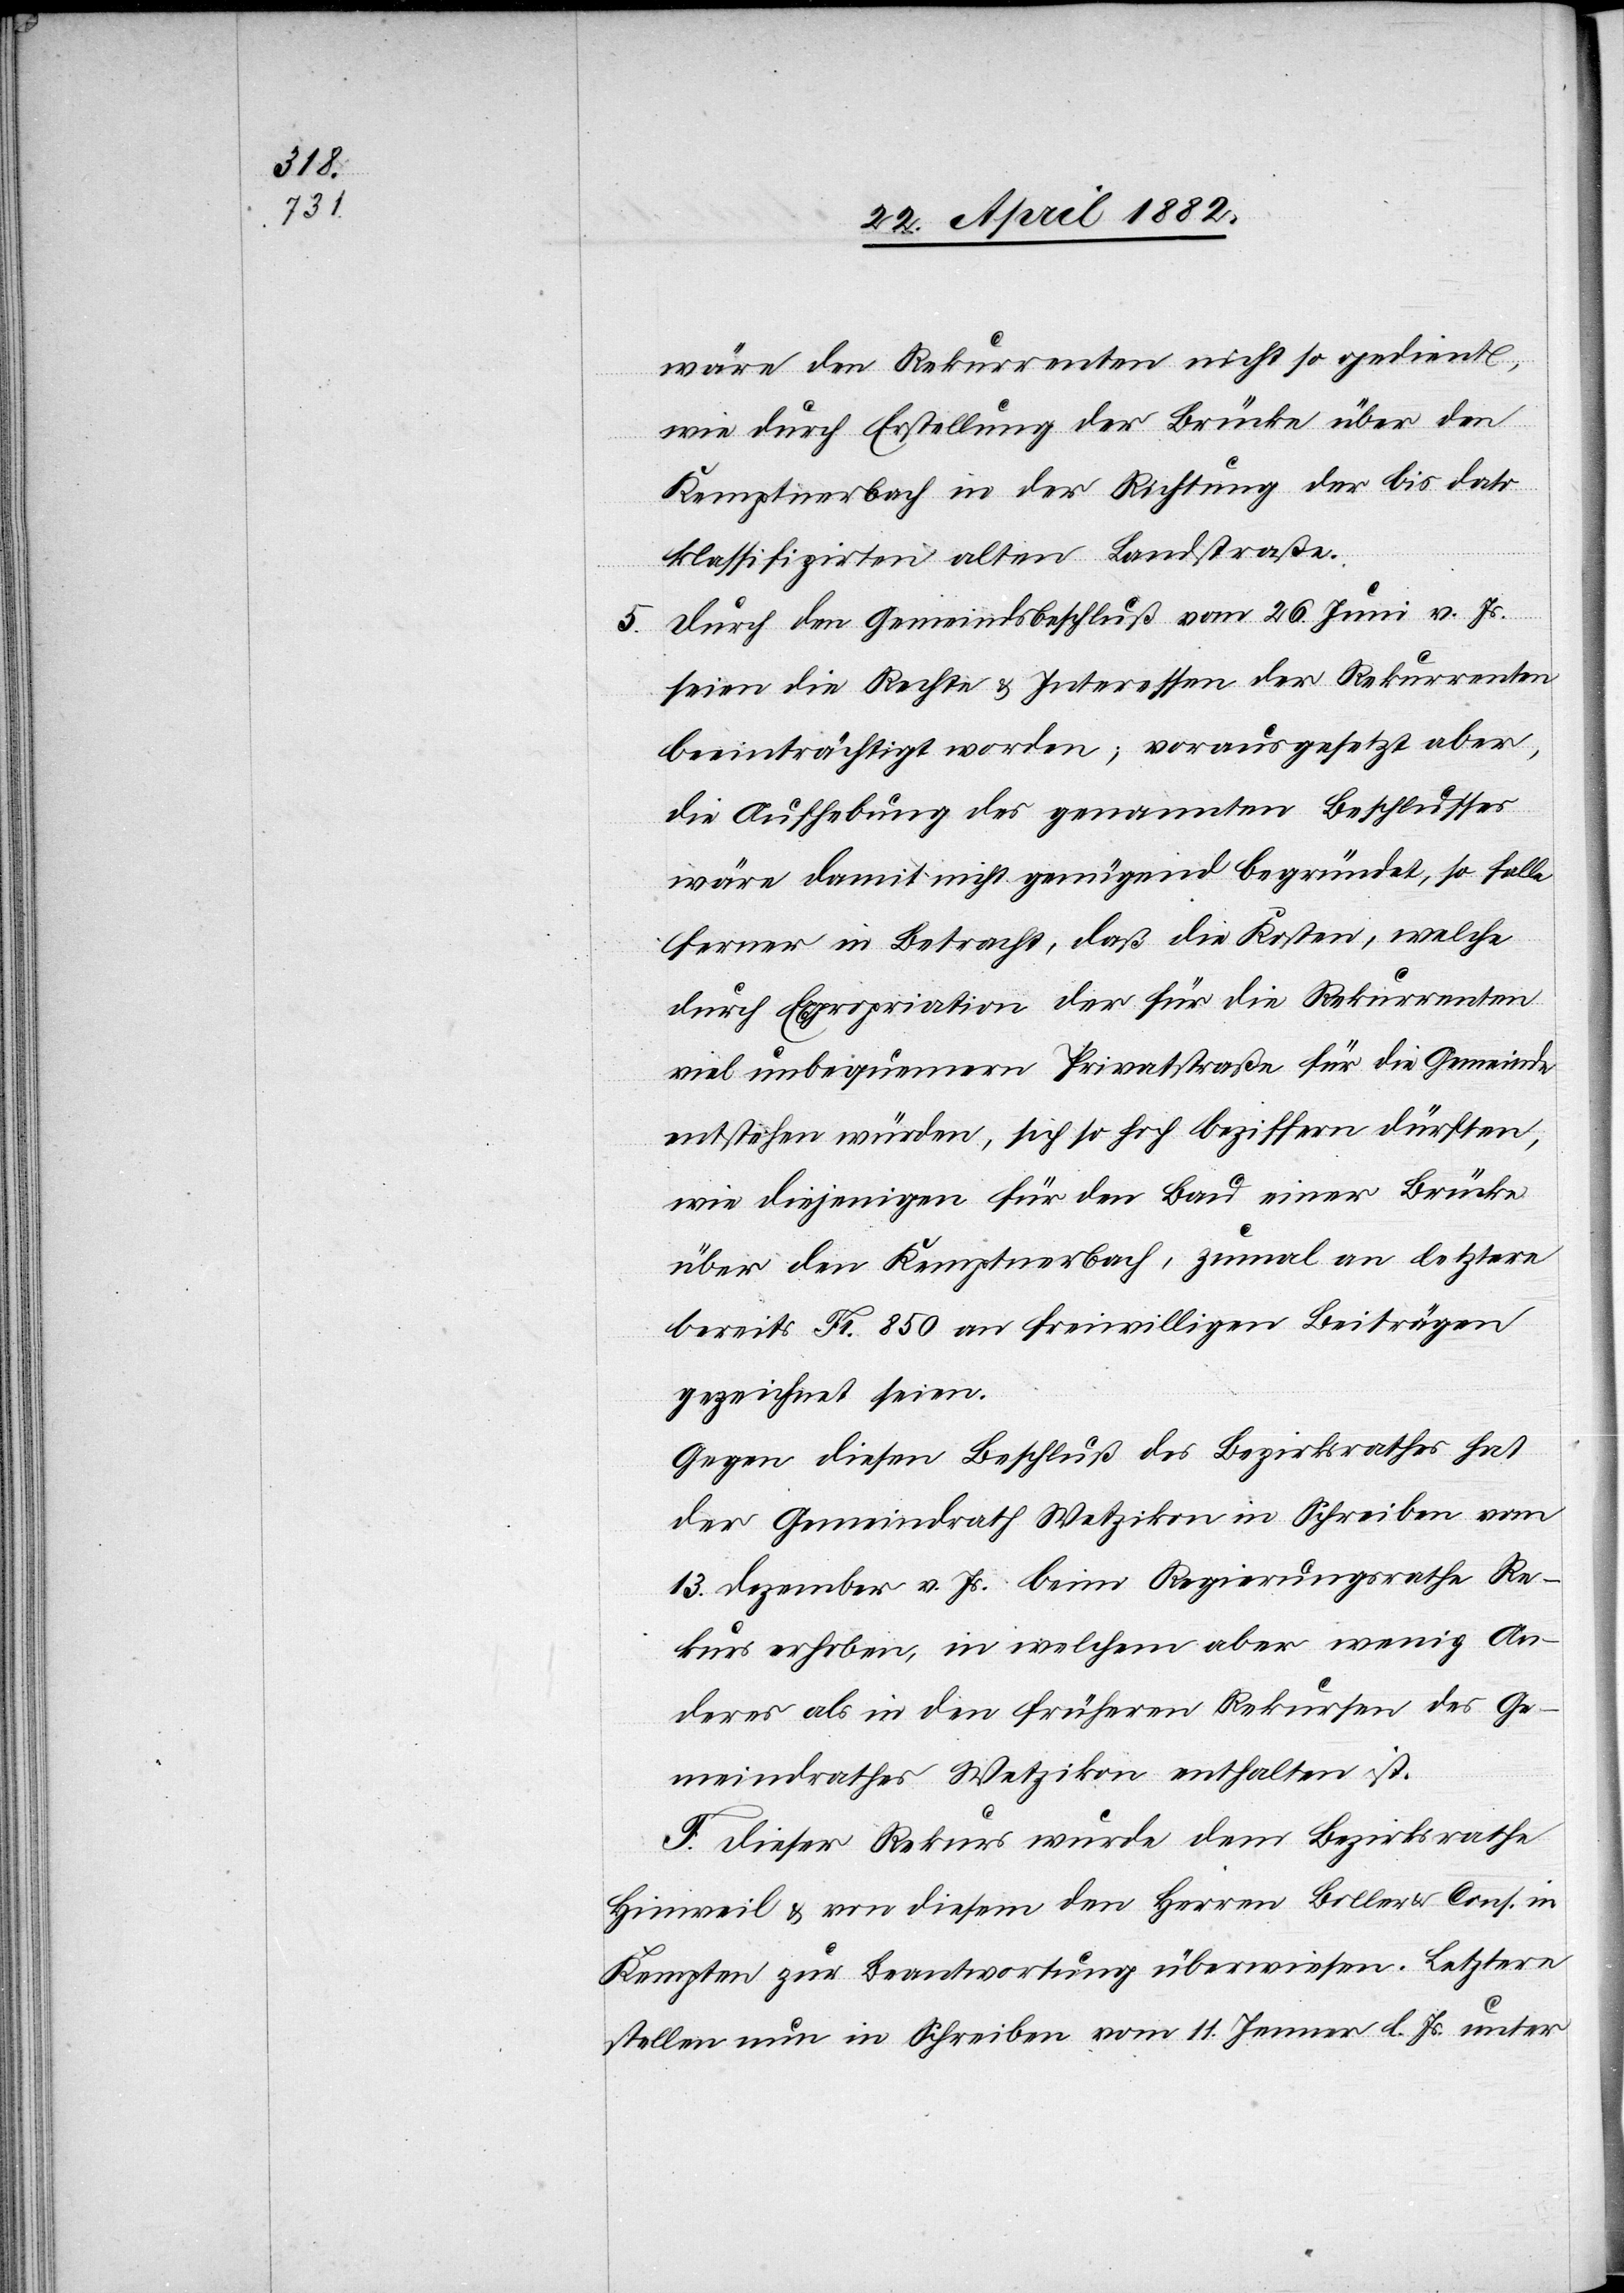
wäre den Rekurrenten nicht so gedient,
wie durch Erstellung der Brücke über den
Kemptnerbach in der Richtung der bis dato
klassifizirten alten Landstraße.
5. Durch den Gemeindsbeschluß vom 26. Juni v. Js.
seien die Rechte & Interessen der Rekurrenten
beeinträchtigt worden; vorausgesetzt aber,
die Aufhebung des genannten Beschlusses
wäre damit nicht genügend begründet, so falle
ferner in Betracht, daß die Kosten, welche
durch Expropriation der für die Rekurrenten
viel unbequemern Privatstraße für die Gemeinde
entstehen würden, sich so hoch beziffern dürften,
wie diejenigen für den Bau einer Brücke
über den Kemptnerbach, zumal an letzte
bereits Fr. 850 an freiwilligen Beiträgen
zugesichert seien.
Gegen diesen Beschluß des Bezirksrathes hat
der Gemeindrath Wetzikon in Schreiben vom
13. Dezember v. Js. beim Regierungsrathe Re¬
kurs erhoben, in welchem aber wenig an¬
deres als in den frühern Rekursen des Ge¬
meindrathes Wetzikon enthalten ist.
F. Dieser Rekurs wurde dem Bezirksrathe
Hinweil & von diesem den Herren Boller & Cons. in
Kempten zur Beantwortung überwiesen. Letztere
stellte nun in Schreiben vom 11. Jenner l. Js. unter